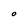
Character: O